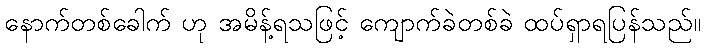
နောက်တစ်ခေါက် ဟု အမိန့်ရသဖြင့် ကျောက်ခဲတစ်ခဲ ထပ်ရှာရပြန်သည်။